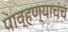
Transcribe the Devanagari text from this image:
पाव्हण्याचंच